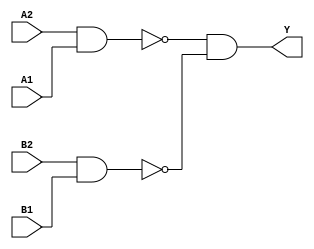
module sky130_fd_sc_hdll__a22oi_7 (
    Y ,
    A1,
    A2,
    B1,
    B2
);
    output Y ;
    input  A1;
    input  A2;
    input  B1;
    input  B2;
    wire nand0_out ;
    wire nand1_out ;
    wire and0_out_Y;
    nand nand0 (nand0_out , A2, A1              );
    nand nand1 (nand1_out , B2, B1              );
    and  and0  (and0_out_Y, nand0_out, nand1_out);
    buf  buf0  (Y         , and0_out_Y          );
endmodule